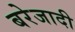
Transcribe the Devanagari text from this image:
बरेजादी